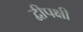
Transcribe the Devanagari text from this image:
द्वीपक्षी